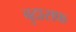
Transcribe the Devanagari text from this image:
बुदासफ